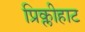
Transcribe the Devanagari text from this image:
प्रिक्लीहाट